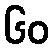
၆၀